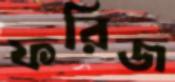
ফরিজ